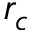
r _ { c }